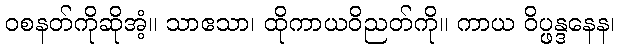
ဝစနတ်ကိုဆိုအံ့။ သာဧသာ၊ ထိုကာယဝိညတ်ကို။ ကာယ ဝိပ္ဖန္ဒနေန၊